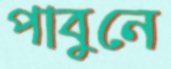
পাবুনে